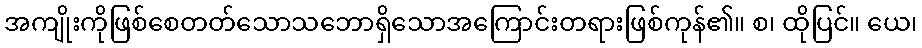
အကျိုးကိုဖြစ်စေတတ်သောသဘောရှိသောအကြောင်းတရားဖြစ်ကုန်၏။ စ၊ ထိုပြင်။ ယေ၊